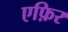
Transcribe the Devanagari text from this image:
एफ़िर